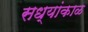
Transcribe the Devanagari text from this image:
सध्यांकाळ